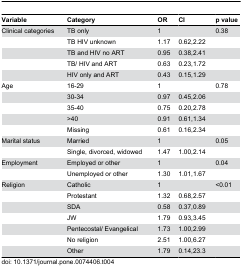
<table><thead><tr><td><b>Variable</b></td><td><b>Category</b></td><td><b>OR</b></td><td><b>CI</b></td><td><b>p value</b></td></tr></thead><tbody><tr><td>Clinical categories</td><td>TB only</td><td>1</td><td></td><td>0.38</td></tr><tr><td></td><td>TB HIV unknown</td><td>1.17</td><td>0.62,2.22</td><td></td></tr><tr><td></td><td>TB and HIV no ART</td><td>0.95</td><td>0.38,2.41</td><td></td></tr><tr><td></td><td>TB/ HIV and ART</td><td>0.63</td><td>0.23,1.72</td><td></td></tr><tr><td></td><td>HIV only and ART</td><td>0.43</td><td>0.15,1.29</td><td></td></tr><tr><td>Age</td><td>16-29</td><td>1</td><td></td><td>0.78</td></tr><tr><td></td><td>30-34</td><td>0.97</td><td>0.45,2.06</td><td></td></tr><tr><td></td><td>35-40</td><td>0.75</td><td>0.20,2.78</td><td></td></tr><tr><td></td><td>&gt;40</td><td>0.91</td><td>0.61,1.34</td><td></td></tr><tr><td></td><td>Missing</td><td>0.61</td><td>0.16,2.34</td><td></td></tr><tr><td>Marital status</td><td>Married</td><td>1</td><td></td><td>0.05</td></tr><tr><td></td><td>Single, divorced, widowed</td><td>1.47</td><td>1.00,2.14</td><td></td></tr><tr><td>Employment</td><td>Employed or other</td><td>1</td><td></td><td>0.04</td></tr><tr><td></td><td>Unemployed or other</td><td>1.30</td><td>1.01,1.67</td><td></td></tr><tr><td>Religion</td><td>Catholic</td><td>1</td><td></td><td>&lt;0.01</td></tr><tr><td></td><td>Protestant</td><td>1.32</td><td>0.68,2.57</td><td></td></tr><tr><td></td><td>SDA</td><td>0.58</td><td>0.37,0.89</td><td></td></tr><tr><td></td><td>JW</td><td>1.79</td><td>0.93,3.45</td><td></td></tr><tr><td></td><td>Pentecostal/ Evangelical</td><td>1.73</td><td>1.00,2.99</td><td></td></tr><tr><td></td><td>No religion</td><td>2.51</td><td>1.00,6.27</td><td></td></tr><tr><td></td><td>Other</td><td>1.79</td><td>0.14,23.3</td><td></td></tr></tbody></table>